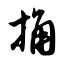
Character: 捅